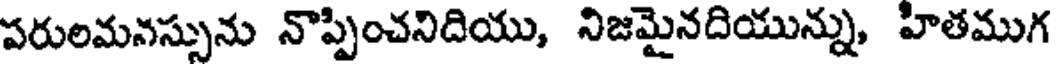
పరులమనస్సును నొప్పించనిదియు, నిజమైనదియున్ను, హితముగ